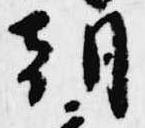
朝